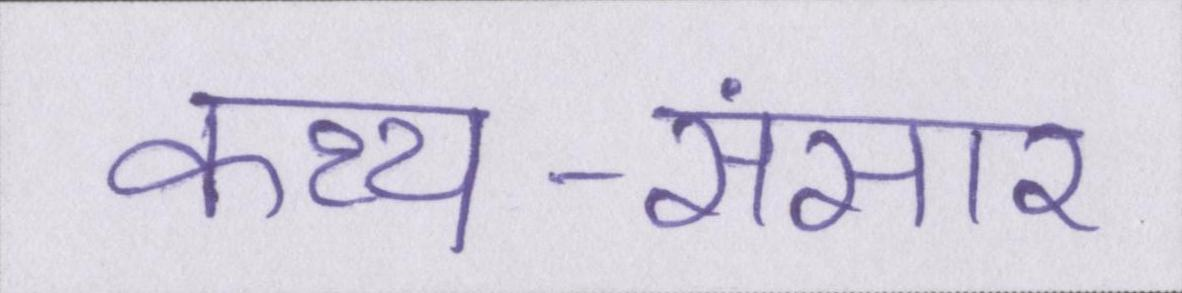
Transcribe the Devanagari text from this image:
कथ्य-संसार